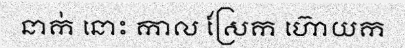
នាក់ នោះ កាល ស្រែក ហ៊ោយក